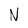
Character: N